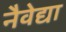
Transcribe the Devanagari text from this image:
नैवेद्या